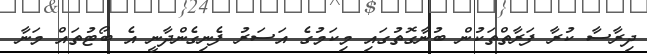
ދިރާސާ ކުރާ ފަރާތްތަކުން ބުނާގޮތުގައި މިކަމުގެ އަސަރު ފެނިގެންދާނީ އެ ބޯޓުތައް މަނާ